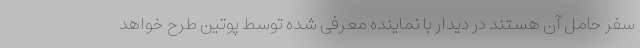
سفر حامل آن هستند در دیدار با نماینده معرفی شده توسط پوتین طرح خواهد